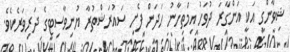
ޝިވާންގީ އަކީ އަންގާރަ ދުވަހު އިމްތިހާނު ހަދަން ފެށި ސައުރަޝްތުރާ ޔުނިވާސިޓީގެ ދަރިވަރެކެވެ.